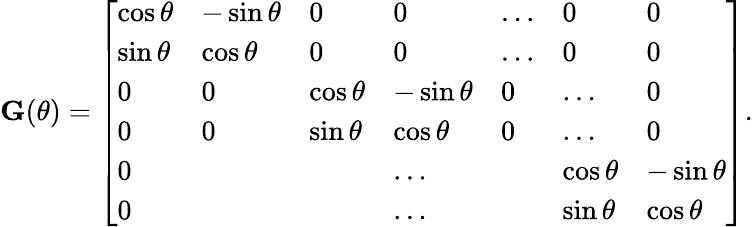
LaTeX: \mathbf G(\theta)=\left[\begin{array}{lllllll}{\cos{\theta}}&{-\sin{\theta}}&{0}&{0}&{\dots}&{0}&{0}\\ {\sin{\theta}}&{\cos{\theta}}&{0}&{0}&{\dots}&{0}&{0}\\ {0}&{0}&{\cos{\theta}}&{-\sin{\theta}}&{0}&{\dots}&{0}\\ {0}&{0}&{\sin{\theta}}&{\cos{\theta}}&{0}&{\dots}&{0}\\ {0}&{}&{}&{\dots}&{}&{\cos{\theta}}&{-\sin{\theta}}\\ {0}&{}&{}&{\dots}&{}&{\sin{\theta}}&{\cos{\theta}}\end{array}\right].